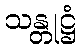
သန္တုဋ္ဌံ